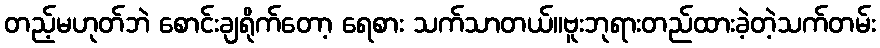
တည့်မဟုတ်ဘဲ စောင်းချရိုက်တော့ ရေစား သက်သာတယ်။ဗူးဘုရားတည်ထားခဲ့တဲ့သက်တမ်း